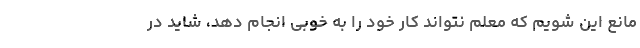
مانع این شویم که معلم نتواند کار خود را به خوبی انجام دهد، شاید در